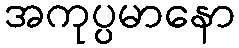
အကုပ္ပမာနော